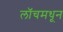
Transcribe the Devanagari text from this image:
लॉचमधून